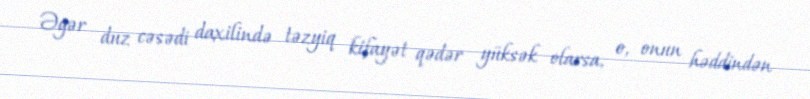
Əgər duz cəsədi daxilində təzyiq kifayət qədər yüksək olarsa, o, onun həddindən